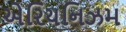
એરિયનિઝમ